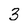
Character: 3